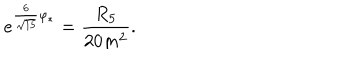
e ^ { { \frac { 6 } { \sqrt { 1 5 } } } \varphi _ { * } } = { \frac { R _ { 5 } } { 2 0 m ^ { 2 } } } .